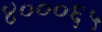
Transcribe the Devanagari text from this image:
४०००६५